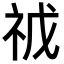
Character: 𮁥